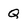
Character: Q